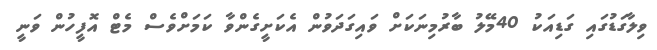
ވިލާގަޑުގައި ގަޑިއަކު 40މޭލު ބާރުމިނަކަށް ވައިގަދަވުން އެކަށީގެންވާ ކަމަށްވެސް މެޓް އޮފީހުން ވަނީ